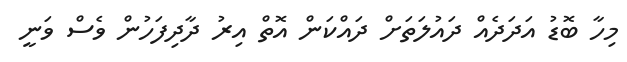
މިހާ ބޮޑު އަދަދެއް ދައުލަތަށް ދައްކަން އޮތް އިރު ދާދިފަހުން ވެސް ވަނީ